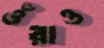
ওঁরাও